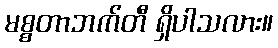
မစ္စတာဘက်တီ ရှိပါသလား။